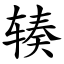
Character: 辏